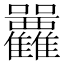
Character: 𡆛